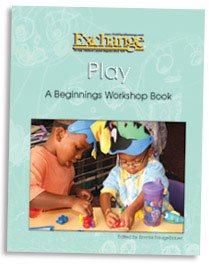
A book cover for Play: A Beginnings Workshop Book; Bonnie Neughebauer; Parenting & Relationships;